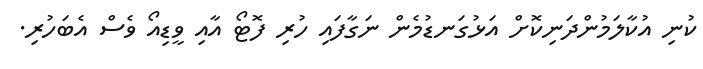
ކުނި އުކާލަމުންދަނިކޮށް އަޅުގަނޑުމެން ނަގާފައި ހުރި ފޮޓޯ އާއި ވީޑިއޯ ވެސް އެބަހުރި.